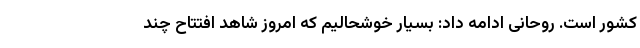
کشور است. روحانی ادامه داد: بسیار خوشحالیم که امروز شاهد افتتاح چند